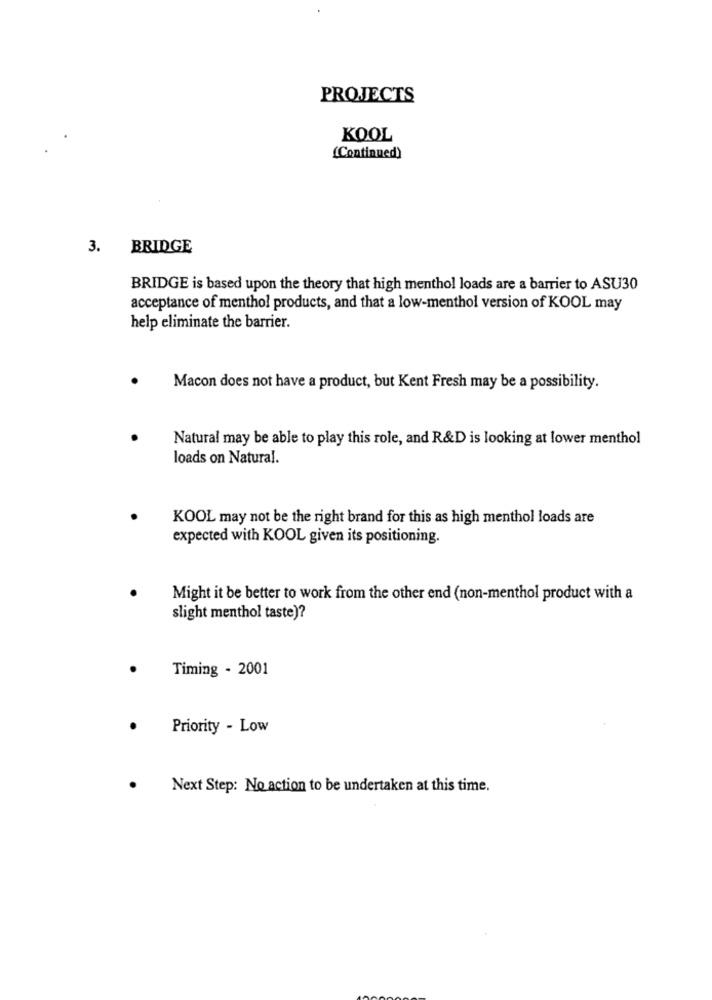
PROJECTS
KOOL
(Continued)
3. BRIDGE
BRIDGE is based upon the theory that high menthol loads are a barrier to ASU30
acceptance of menthol products, and that a low-menthol version of KOOL may
help eliminate the barrier.
Macon does not have a product, but Kent Fresh may be a possibility.
Natural may be able to play this role, and R&D is looking at lower menthol
loads on Natural.
KOOL may not be the right brand for this as high menthol loads are
expected with KOOL given its positioning.
Might it be better to work from the other end (non-menthol product with a
slight menthol taste)?
Timing - 2001
Priority - Low
Next Step: No action to be undertaken at this time.